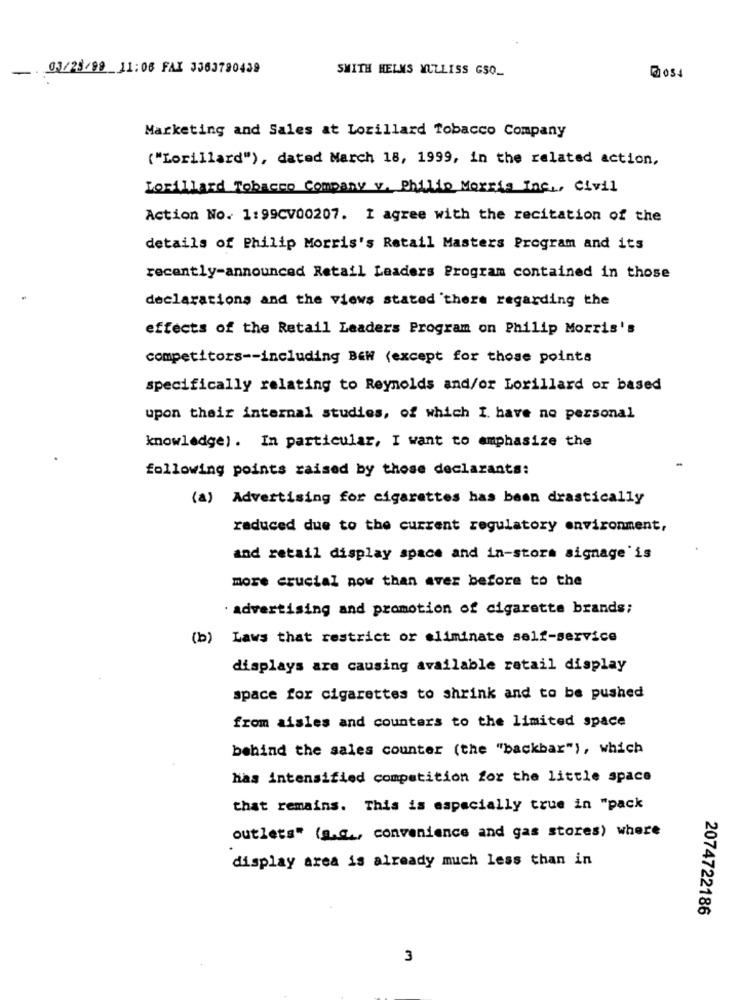
-
03/23/98 _11:06 FAX 3563790439
SMITH HELMS MULLISS GSO_
hoss
Marketing and Sales at Lorillard Tobacco Company
("Lorillard"), dated March 18, 1999, in the related action,
Lorillard Tobacco Company v. Philip Morris Inc ., Civil
Action No. 1:99CV00207. I agree with the recitation of the
details of Philip Morris's Retail Masters Program and its
recently-announced Retail Leaders Program contained in those
declarations and the views stated 'there regarding the
effects of the Retail Leaders Program on Philip Morris's
competitors -- including Bew (except for those points
specifically relating to Reynolds and/or Lorillard or based
upon their internal studies, of which I have no personal
knowledge) . In particular, I want to emphasize the
following points raised by those declarants:
(a) Advertising for cigarettes has been drastically
raduced due to the current regulatory environment,
and retail display space and in-stora signage'is
more crucial now than ever before to the
· advertising and promotion of cigarette brands;
(b) Laws that restrict or eliminate self-service
displays are causing available retail display
space for cigarettes to shrink and to be pushed
from aisles and counters to the limited space
behind the sales counter (the "backbar"), which
has intensified competition for the little space
that remains. This is especially true in "pack
outlets" (a.c ., convenience and gas stores) where
display area is already much less than in
2074722186
3